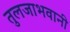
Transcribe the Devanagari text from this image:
तुलजाभवानी